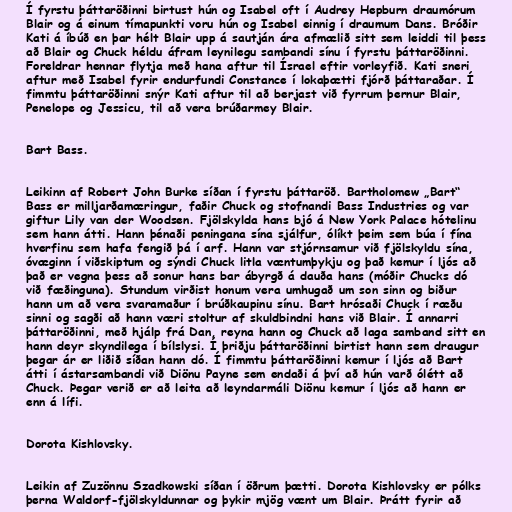
Í fyrstu þáttaröðinni birtust hún og Isabel oft í Audrey Hepburn draumórum
Blair og á einum tímapunkti voru hún og Isabel einnig í draumum Dans. Bróðir
Kati á íbúð en þar hélt Blair upp á sautján ára afmælið sitt sem leiddi til þess
að Blair og Chuck héldu áfram leynilegu sambandi sínu í fyrstu þáttaröðinni.
Foreldrar hennar flytja með hana aftur til Ísrael eftir vorleyfið. Kati sneri
aftur með Isabel fyrir endurfundi Constance í lokaþætti fjórð þáttaraðar. Í
fimmtu þáttaröðinni snýr Kati aftur til að berjast við fyrrum þernur Blair,
Penelope og Jessicu, til að vera brúðarmey Blair.

Bart Bass.

Leikinn af Robert John Burke síðan í fyrstu þáttaröð. Bartholomew „Bart“
Bass er milljarðamæringur, faðir Chuck og stofnandi Bass Industries og var
giftur Lily van der Woodsen. Fjölskylda hans bjó á New York Palace hótelinu
sem hann átti. Hann þénaði peningana sína sjálfur, ólíkt þeim sem búa í fína
hverfinu sem hafa fengið þá í arf. Hann var stjórnsamur við fjölskyldu sína,
óvæginn í viðskiptum og sýndi Chuck litla væntumþykju og það kemur í ljós að
það er vegna þess að sonur hans bar ábyrgð á dauða hans (móðir Chucks dó
við fæðinguna). Stundum virðist honum vera umhugað um son sinn og biður
hann um að vera svaramaður í brúðkaupinu sínu. Bart hrósaði Chuck í ræðu
sinni og sagði að hann væri stoltur af skuldbindni hans við Blair. Í annarri
þáttaröðinni, með hjálp frá Dan, reyna hann og Chuck að laga samband sitt en
hann deyr skyndilega í bílslysi. Í þriðju þáttaröðinni birtist hann sem draugur
þegar ár er liðið síðan hann dó. Í fimmtu þáttaröðinni kemur í ljós að Bart
átti í ástarsambandi við Diönu Payne sem endaði á því að hún varð ólétt að
Chuck. Þegar verið er að leita að leyndarmáli Diönu kemur í ljós að hann er
enn á lífi.

Dorota Kishlovsky.

Leikin af Zuzönnu Szadkowski síðan í öðrum þætti. Dorota Kishlovsky er pólks
þerna Waldorf-fjölskyldunnar og þykir mjög vænt um Blair. Þrátt fyrir að